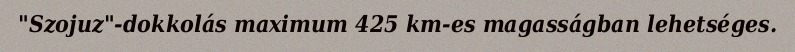
"Szojuz"-dokkolás maximum 425 km-es magasságban lehetséges.